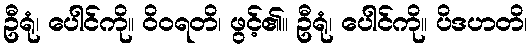
ဦရုံ၊ ပေါင်ကို။ ဝိဝရတိ၊ ဖွင့်၏။ ဦရုံ၊ ပေါင်ကို။ ပိဒဟတိ၊